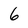
Character: 6